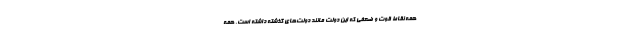
همه نقاط قوت و ضعفی که این دولت مانند دولت‌های گذشته داشته است، همه